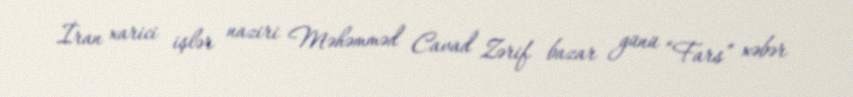
İran xarici işlər naziri Məhəmməd Cavad Zərif bazar günü “Fars” xəbər